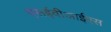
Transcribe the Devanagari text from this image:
एसईवीआईएस